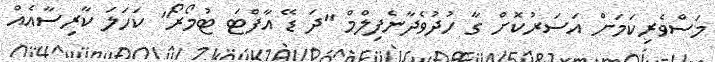
މަސްވެރިކަމަށް އަސަރުކޮށް ގާ ހުދުވެދާނެފިލްމް "ދަ ޑޭ އާފްޓަ ޓުމޯރޯ" ކަހަލަ ކާރިސާއެއް